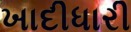
ખાદીધારી